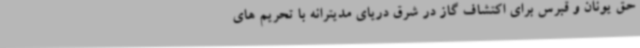
حق یونان و قبرس برای اکتشاف گاز در شرق دریای مدیترانه با تحریم های